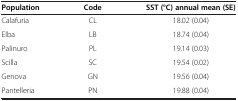
| Population | Code | SST (°C) annual mean (SE) |
 | --- | --- | --- |
 | Calafuria | CL | 18.02 (0.04) |
 | Elba | LB | 18.74 (0.04) |
 | Palinuro | PL | 19.14 (0.03) |
 | Scilla | SC | 19.54 (0.02) |
 | Genova | GN | 19.56 (0.04) |
 | Pantelleria | PN | 19.88 (0.04) |